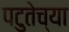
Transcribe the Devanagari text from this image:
पटुतेच्या